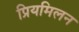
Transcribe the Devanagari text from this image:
प्रियमिलन